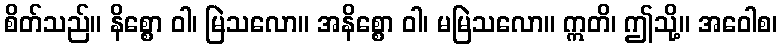
စိတ်သည်။ နိစ္စော ဝါ၊ မြဲသလော။ အနိစ္စော ဝါ၊ မမြဲသလော။ ဣတိ၊ ဤသို့။ အဝေါစ၊